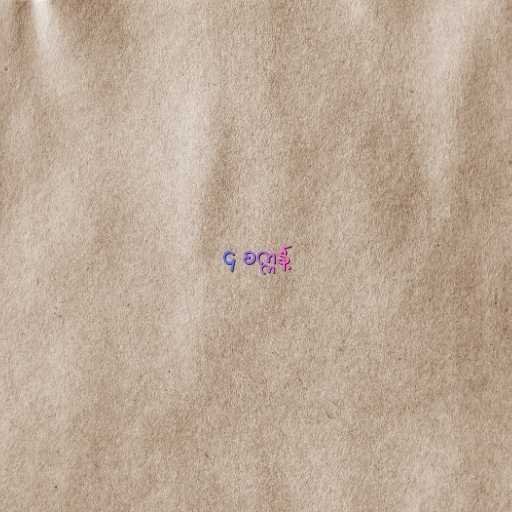
၄ စက္ကန့်